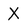
Character: X